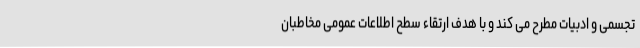
تجسمی و ادبیات مطرح می کند و با هدف ارتقاء سطح اطلاعات عمومی مخاطبان